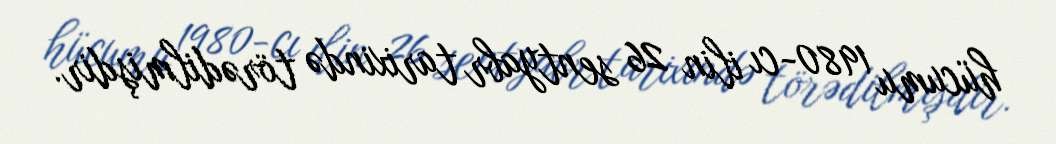
hücumu 1980-cı ilin 26 sentyabr tarixində törədilmişdir.